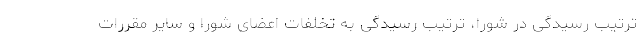
ترتیب رسیدگی در شورا، ترتیب رسیدگی به تخلفات اعضای شورا و سایر مقررات